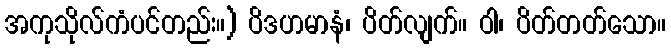
အကုသိုလ်ကံပင်တည်း။) ပိဒဟမာနံ၊ ပိတ်လျက်။ ဝါ၊ ပိတ်တတ်သော။